Report of the Bombay Plague Committee
Disease focus: Plague
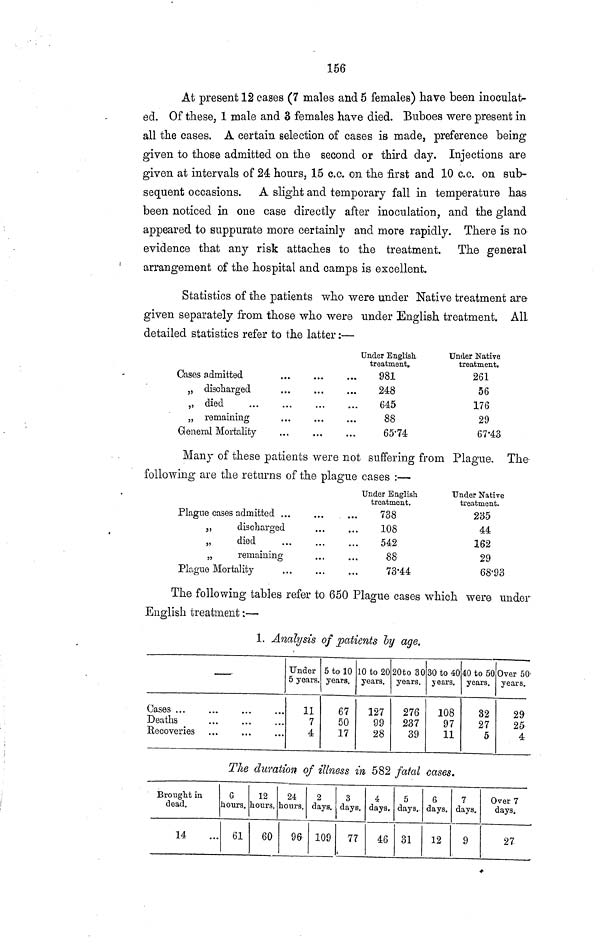
156
At present 12 cases (7 males and 5 females) have been inoculat-
ed. Of these, 1 male and 3 females have died. Buboes were present in
all the cases. A certain selection of cases is made, preference being
given to those admitted on the second or third day. Injections are
given at intervals of 24 hours, 15 c.c. on the first and 10 c.c. on sub-
sequent occasions. A slight and temporary fall in temperature has
been noticed in one case directly after inoculation, and the gland
appeared to suppurate more certainly and more rapidly. There is no
evidence that any risk attaches to the treatment. The general
arrangement of the hospital and camps is excellent.
Statistics of the patients who were under Native treatment are
given separately from those who were under English treatment. All
detailed statistics refer to the latter :—
Cases admitted
„
„
„
discharged
died
remaining
General Mortality
...
...
...
...
...
...
...
...
...
...
Under English
treatment,.
981
248
645
88
65·74
Under Native
treatment.
261
56
176
29
67·43
Many of these patients were not suffering from Plague. The-
following are the returns of the plague cases :—
Plague cases admitted
„
„
„
discharge
died
remainin
Plague Mortality
...
3d
• • •
•g
...
...
• • *
...
...
...
• • •
...
...
Under English
treatment.
738
108
542
88
73·44
Under Native
treatment.
235
44
162
29
68·93
The following tables refer to 650 Plague cases which were under
English treatment :—
1. Analysis of patients ly age.
Cases ...
Deaths
Recoveries ...
...
...
Under
5 years.
11
7
4
5 to 10
years.
67
50
17
10 to 20
years.
127
99
28
20to 30
years.
276
237
39
30 to 40
years.
108
97
11
40 to 50
years.
32
27
5
Over 50-
years.
29
25
4
The duration of illness in 582 fatal cases.
Brought in
dead.
14 ...
6
hours.
61
12
hours.
60
24
lours.
90
2
days.
109
3
days.
77
4
days.
46
5
days.
31
6
days.
12
7
days.
9
Over 7
days.
27